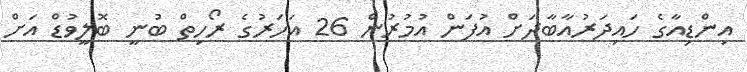
އިންޑިއާގެ ހައިދަރުއާބާދަށް އުފަން އުމުރުން 26 އަހަރުގެ ރޯހިތް ބުނީ ބޮލީވުޑް އަށް